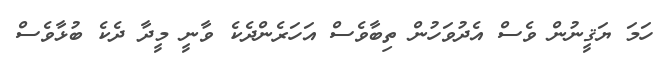
ހަމަ ޔަޤީނުން ވެސް އެދުވަހުން ތިބާވެސް އަހަރެންދެކެ ވާނީ މީދާ ދެކެ ބުޅާވެސް